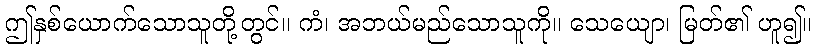
ဤနှစ်ယောက်သောသူတို့တွင်။ ကံ၊ အဘယ်မည်သောသူကို။ သေယျော၊ မြတ်၏ ဟူ၍။